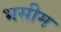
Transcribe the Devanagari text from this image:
भसीम